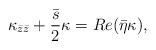
LaTeX: \begin{align*} \kappa_{\bar{z}\bar{z}} + \frac{\bar{s}}{2} \kappa = Re( \bar{\eta} \kappa),\end{align*}